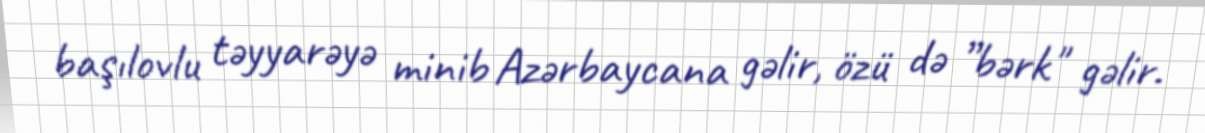
başılovlu təyyarəyə minib Azərbaycana gəlir, özü də ”bərk" gəlir.